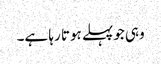
وہی جوپہلے ہوتا رہا ہے۔